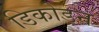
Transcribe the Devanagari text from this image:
डिकोडन